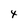
Character: 4